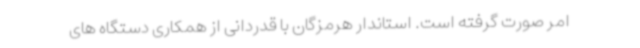
امر صورت گرفته است. استاندار هرمزگان با قدردانی از همکاری دستگاه های